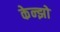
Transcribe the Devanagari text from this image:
केन्झो